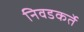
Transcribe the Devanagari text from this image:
निवडकर्ते